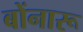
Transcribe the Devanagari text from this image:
बोंनारू